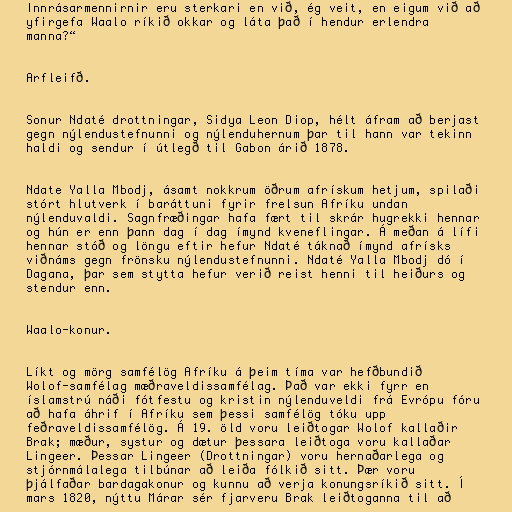
Innrásarmennirnir eru sterkari en við, ég veit, en eigum við að
yfirgefa Waalo ríkið okkar og láta það í hendur erlendra
manna?“

Arfleifð.

Sonur Ndaté drottningar, Sidya Leon Diop, hélt áfram að berjast
gegn nýlendustefnunni og nýlenduhernum þar til hann var tekinn
haldi og sendur í útlegð til Gabon árið 1878.

Ndate Yalla Mbodj, ásamt nokkrum öðrum afrískum hetjum, spilaði
stórt hlutverk í baráttuni fyrir frelsun Afríku undan
nýlenduvaldi. Sagnfræðingar hafa fært til skrár hugrekki hennar
og hún er enn þann dag í dag ímynd kveneflingar. Á meðan á lífi
hennar stóð og löngu eftir hefur Ndaté táknað ímynd afrísks
viðnáms gegn frönsku nýlendustefnunni. Ndaté Yalla Mbodj dó í
Dagana, þar sem stytta hefur verið reist henni til heiðurs og
stendur enn.

Waalo-konur.

Líkt og mörg samfélög Afríku á þeim tíma var hefðbundið
Wolof-samfélag mæðraveldissamfélag. Það var ekki fyrr en
íslamstrú náði fótfestu og kristin nýlenduveldi frá Evrópu fóru
að hafa áhrif í Afríku sem þessi samfélög tóku upp
feðraveldissamfélög. Á 19. öld voru leiðtogar Wolof kallaðir
Brak; mæður, systur og dætur þessara leiðtoga voru kallaðar
Lingeer. Þessar Lingeer (Drottningar) voru hernaðarlega og
stjórnmálalega tilbúnar að leiða fólkið sitt. Þær voru
þjálfaðar bardagakonur og kunnu að verja konungsríkið sitt. Í
mars 1820, nýttu Márar sér fjarveru Brak leiðtoganna til að